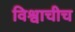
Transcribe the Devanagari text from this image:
विश्वाचीच